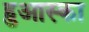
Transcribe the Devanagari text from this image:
हुआस्का